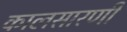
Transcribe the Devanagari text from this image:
कालसारणी